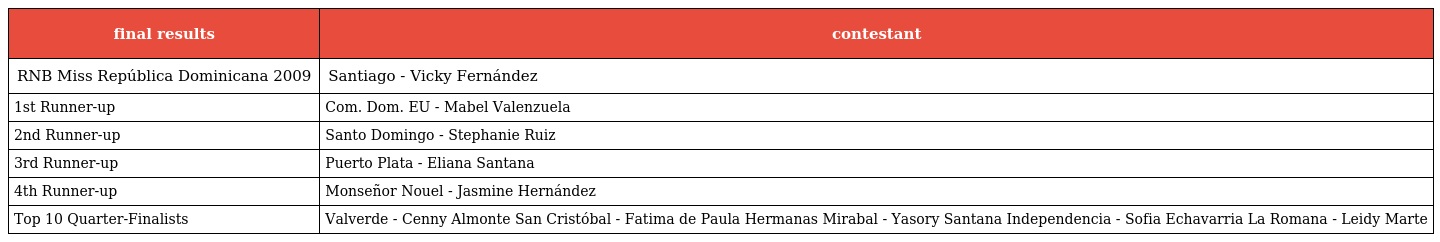
| final results | contestant |
 | --- | --- |
 | RNB Miss República Dominicana 2009 | Santiago - Vicky Fernández |
 | 1st Runner-up | Com. Dom. EU - Mabel Valenzuela |
 | 2nd Runner-up | Santo Domingo - Stephanie Ruiz |
 | 3rd Runner-up | Puerto Plata - Eliana Santana |
 | 4th Runner-up | Monseñor Nouel - Jasmine Hernández |
 | Top 10 Quarter-Finalists | Valverde - Cenny Almonte San Cristóbal - Fatima de Paula Hermanas Mirabal - Yasory Santana Independencia - Sofia Echavarria La Romana - Leidy Marte |